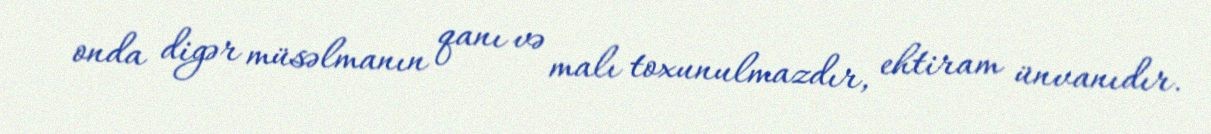
onda digər müsəlmanın qanı və malı toxunulmazdır, ehtiram ünvanıdır.